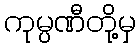
ကုမ္ပဏီတို့မှ